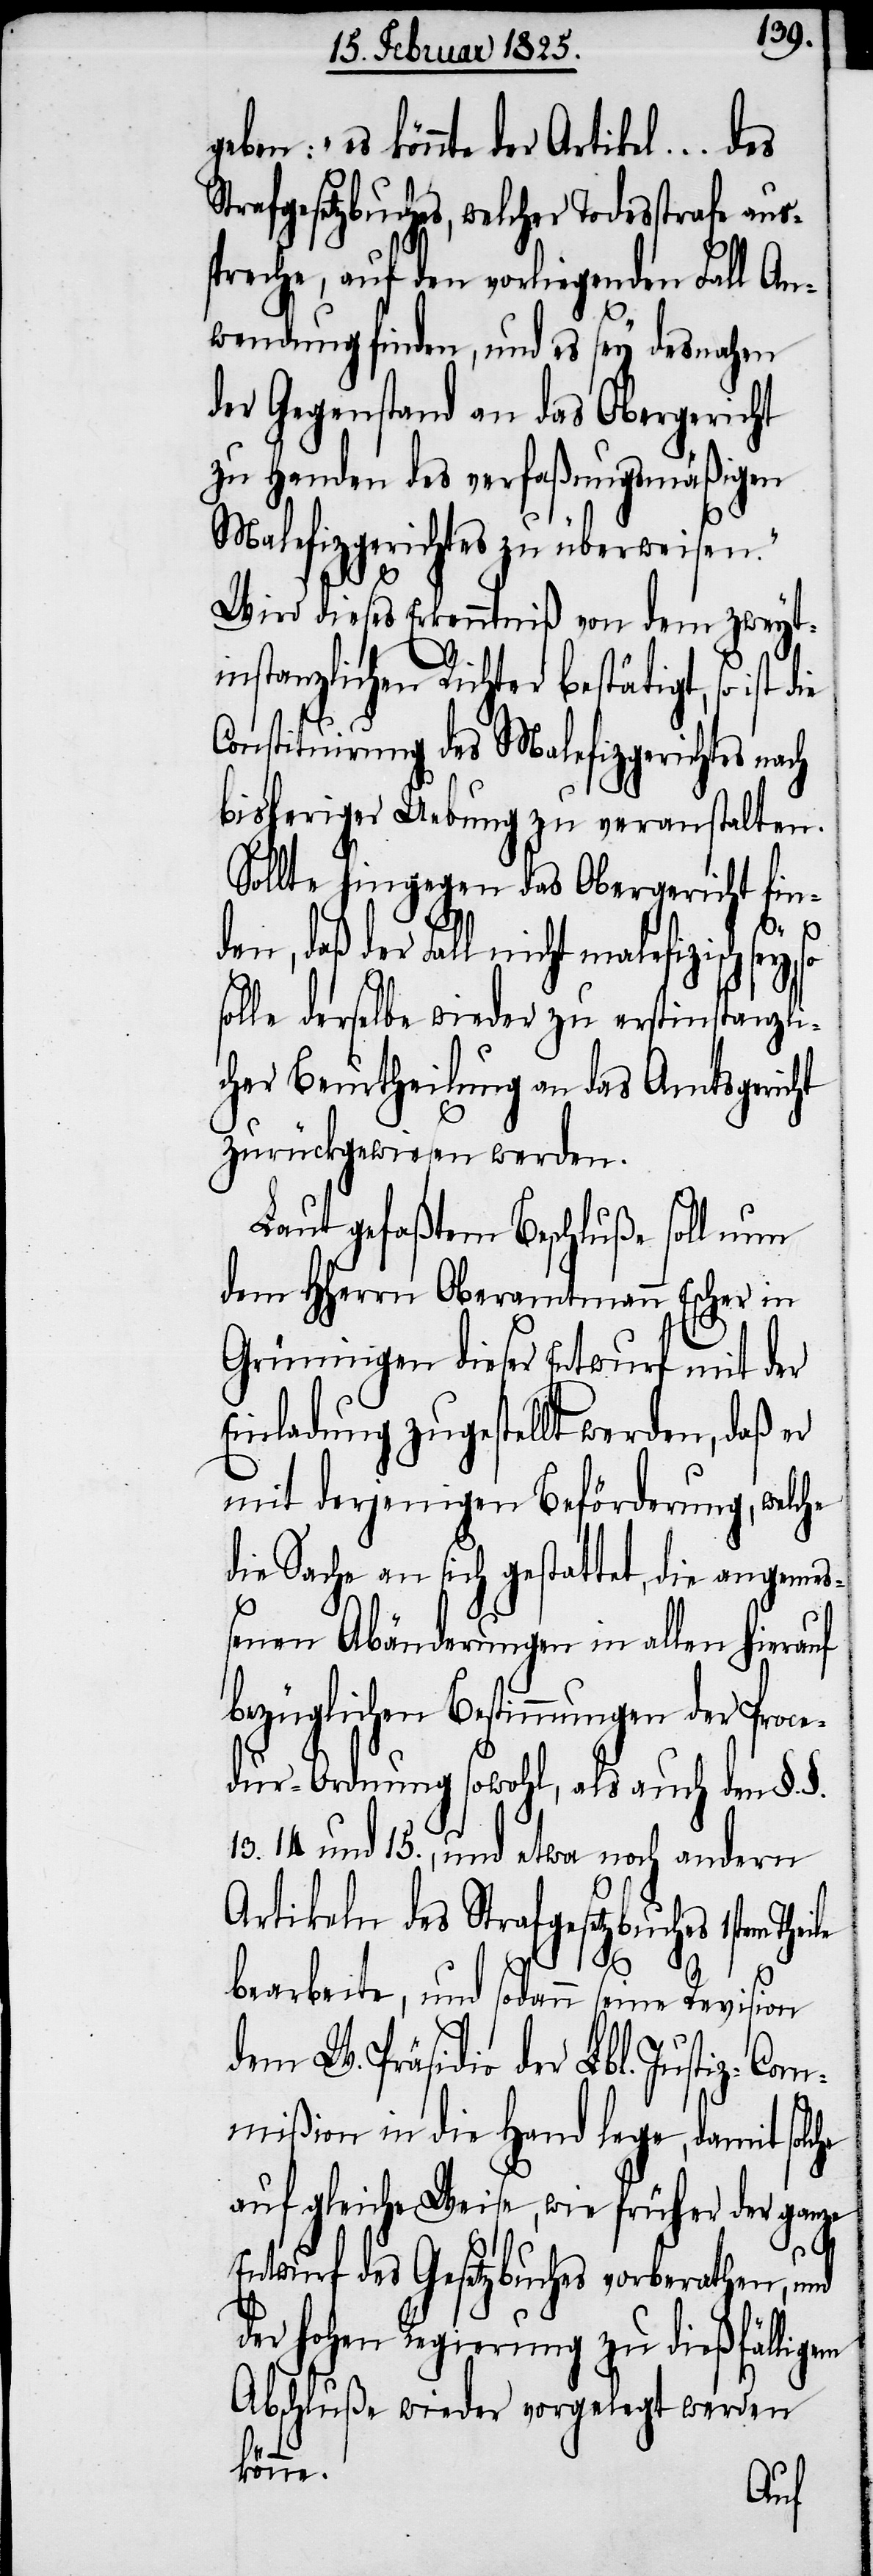
geben: „es könnte der Artikel
Strafgesetzbuches, welcher Todesstrafe aus¬
spreche, auf den vorliegenden Fall An¬
wendung finden, und es sey desnahen
der Gegenstand an das Obergericht
zu Handen des verfaßungsmäßigen
Malefizgerichtes zu überweisen.“
Wird dieses Erkenntniß von dem zweyt¬
instanzlichen Richter bestätigt, so ist
Constituirung des Malefizgerichtes nach
bisheriger Uebung zu veranstalten.
Sollte hingegen das Obergericht fin¬
den, daß der Fall nicht malefizisch sey,
solle derselbe wieder zu erstinstanzli¬
cher Beurtheilung an das Amtsgericht
zurückgewiesen werden.
Laut gefaßtem Beschluße soll nun
dem HHerrn Oberamtmann Escher in
Grüningen dieser Entwurf mit der
Einladung zugestellt werden, daß er
mit derjenigen Beförderung, welche
die Sache an sich gestattet, die angemeß¬
enen Abänderungen in allen hierauf
bezüglichen Bestimmungen der Proce¬
dur-Ordnung sowohl, als auch den §.§.
13. 14 und 15., und etwa noch andern
Artikeln des Strafgesetzbuches
bearbeite, und sodann seine Revision
dem W. Präsidio der Lbl. Justiz-Com¬
mißion in die Hand lege, damit solche
auf gleiche Weise, wie früher der ganze
em
Entwurf des Gesetzbuches vorberathen, und
der hohen Regierung zu dießfällig¬
Abschluße wieder vorgelegt werden
könne.